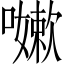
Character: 𭋯